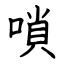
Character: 嗩